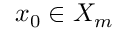
x _ { 0 } \in X _ { m }